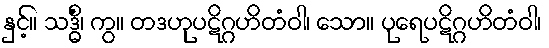
နှင့်။ သဒ္ဓိံ၊ ကွ။ တဒဟုပဋိဂ္ဂဟိတံဝါ၊ သော။ ပုရေပဋိဂ္ဂဟိတံဝါ၊